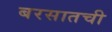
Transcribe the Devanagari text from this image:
बरसातची